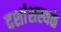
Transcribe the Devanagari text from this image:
दशांशस्थळे